Investigations on Bengal jail dietaries - Number 37
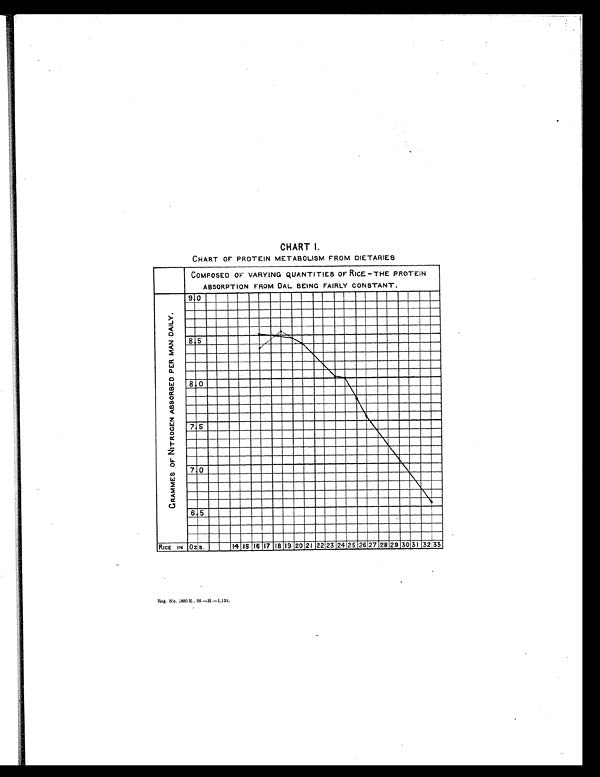
CHART I.
CHART OF PROTEIN METABOLISM FROM DIETARIES
Reg. No. 1880 E.. 09.—H.—1,131.